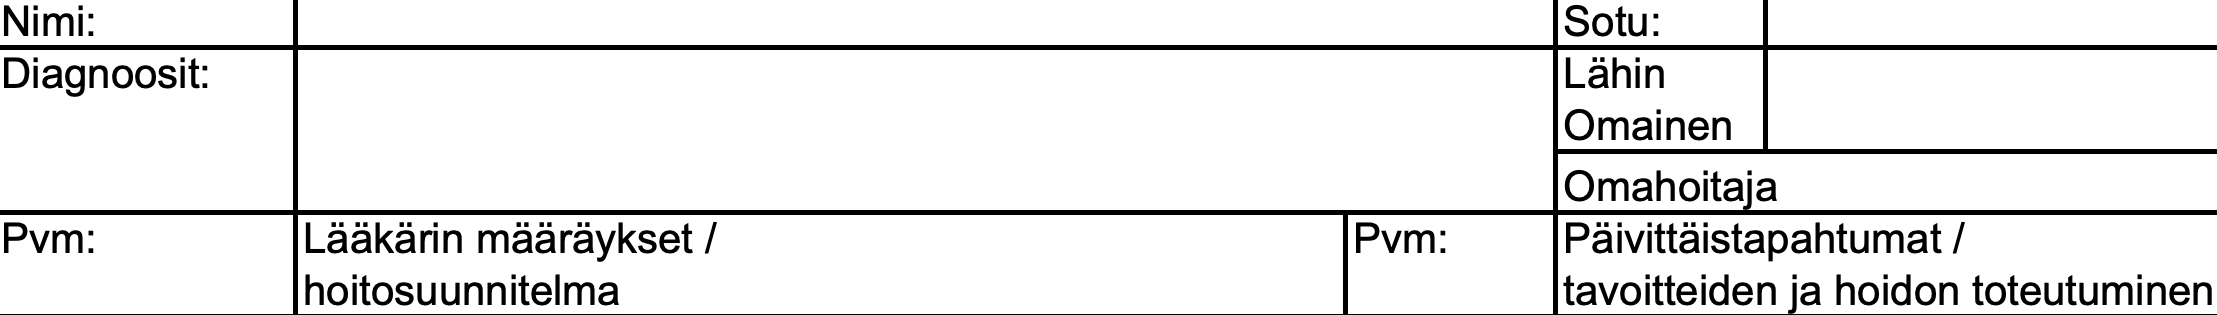
Nimi:                                               Sotu: Diagnoosit:                                         Lähin Omainen Omahoitaja Pvm:      Lääkärin määräykset /              Pvm:   Päivittäistapahtumat / hoitosuunnitelma                          tavoitteiden ja hoidon toteutuminen